Civil Veterinary Dept. Bombay admin report 1893-99 - 1893-1899
Year: 1893
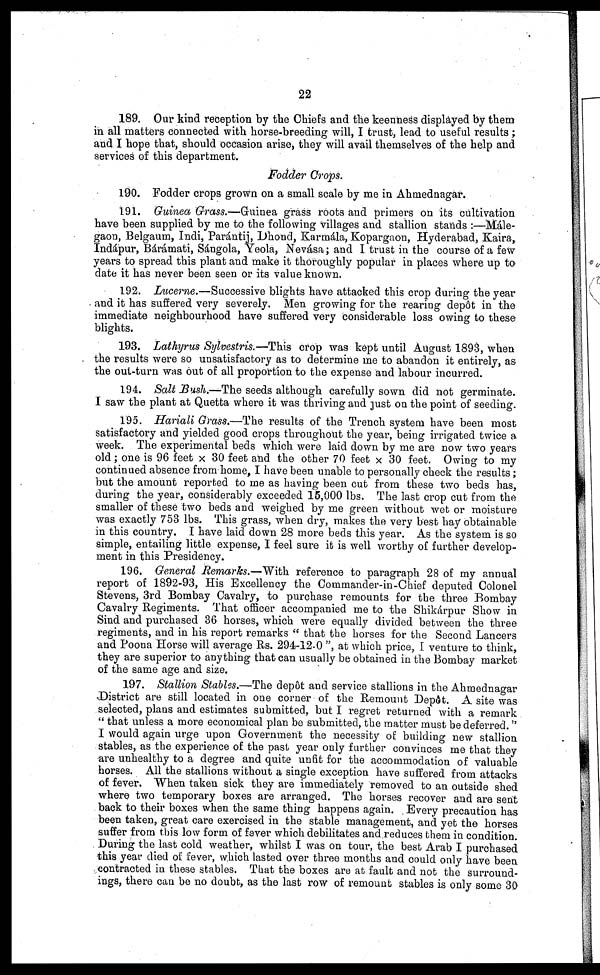
22
189. Our kind reception by the Chiefs and the keenness displayed by them
in all matters connected with horse-breeding will, I trust, lead to useful results;
and I hope that, should occasion arise, they will avail themselves of the help and
services of this department.
Fodder Crops.
190. Fodder crops grown on a small scale by me in Ahmednagar.
191. Guinea Grass.—Guinea grass roots and primers on its cultivation
have been supplied by me to the following villages and stallion stands :—Mále-
gaon, Belgaum, Indi, Parántij, Dhond, Karmála, Kopargnon, Hyderabad, Kaira,
Indápur, Bárámati, Sángola, Yeola, Nevása ; and I trust in the course of a few
years to spread this plant and make it thoroughly popular in places where up to
date it has never been seen or its value known.
192. Lucerne.—Successive blights have attacked this crop during the year
and it has suffered very severely. Men growing for the rearing depôt in the
immediate neighbourhood have suffered very considerable loss owing to these
blights.
193. Lathyrus Sylvestris.—This crop was kept until August 1893, when
the results were so unsatisfactory as to determine me to abandon it entirely, as
the out-turn was out of all proportion to the expense and labour incurred.
194. Salt Bush.—The seeds although carefully sown did not germinate.
I saw the plant at Quetta where it was thriving and just on the point of seeding.
195. Hariali Grass.—The results of the Trench system have been most
satisfactory and yielded good crops throughout the year, being irrigated twice a
week. The experimental beds which were laid down by me are now two years
old; one is 96 feet × 30 feet and the other 70 feet × 30 feet. Owing to my
continued absence from home, I have been unable to personally check the results;
but the amount reported to me as having been cut from these two beds has,
during the year, considerably exceeded 15,000 lbs. The last crop cut from the
smaller of these two beds and weighed by me green without wet or moisture
was exactly 753 lbs. This grass, when dry, makes the very best hay obtainable
in this country. I have laid down 28 more beds this year. As the system is so
simple, entailing little expense, I feel sure it is well worthy of further develop-
ment in this Presidency.
196. General Remarks.—With reference to paragraph 28 of my annual
report of 1892-93, His Excellency the Commander-in-Chief deputed Colonel
Stevens, 3rd Bombay Cavalry, to purchase remounts for the three Bombay
Cavalry Regiments. That officer accompanied me to the Shikárpur Show in
Sind and purchased 36 horses, which were equally divided between the three
regiments, and in his report remarks "that the horses for the Second Lancers
and Poona Horse will average Rs. 294-12.0", at which price, I venture to think,
they are superior to anything that can usually be obtained in the Bombay market
of the same age and size.
197. Stallion Stables.—The depôt and service stallions in the Ahmednagar
District are still located in one corner of the Remount Depôt. A site was
selected, plans and estimates submitted, but I regret returned with a remark
"that unless a more economical plan be submitted, the matter must be deferred."
I would again urge upon Government the necessity of building new stallion
stables, as the experience of the past year only further convinces me that they
are unhealthy to a degree and quite unfit for the accommodation of valuable
horses. All the stallions without a single exception have suffered from attacks
of fever. When taken sick they are immediately removed to an outside shed
where two temporary boxes are arranged. The horses recover and are sent
back to their boxes when the same thing happens again. Every precaution has
been taken, great care exercised in the stable management, and yet the horses
suffer from this low form of fever which debilitates and reduces them in condition.
During the last cold weather, whilst I was on tour, the best Arab I purchased
this year died of fever, which lasted over three months and could only have been
contracted in these stables. That the boxes are at fault and not the surround-
ings, there can be no doubt, as the last row of remount stables is only some 30